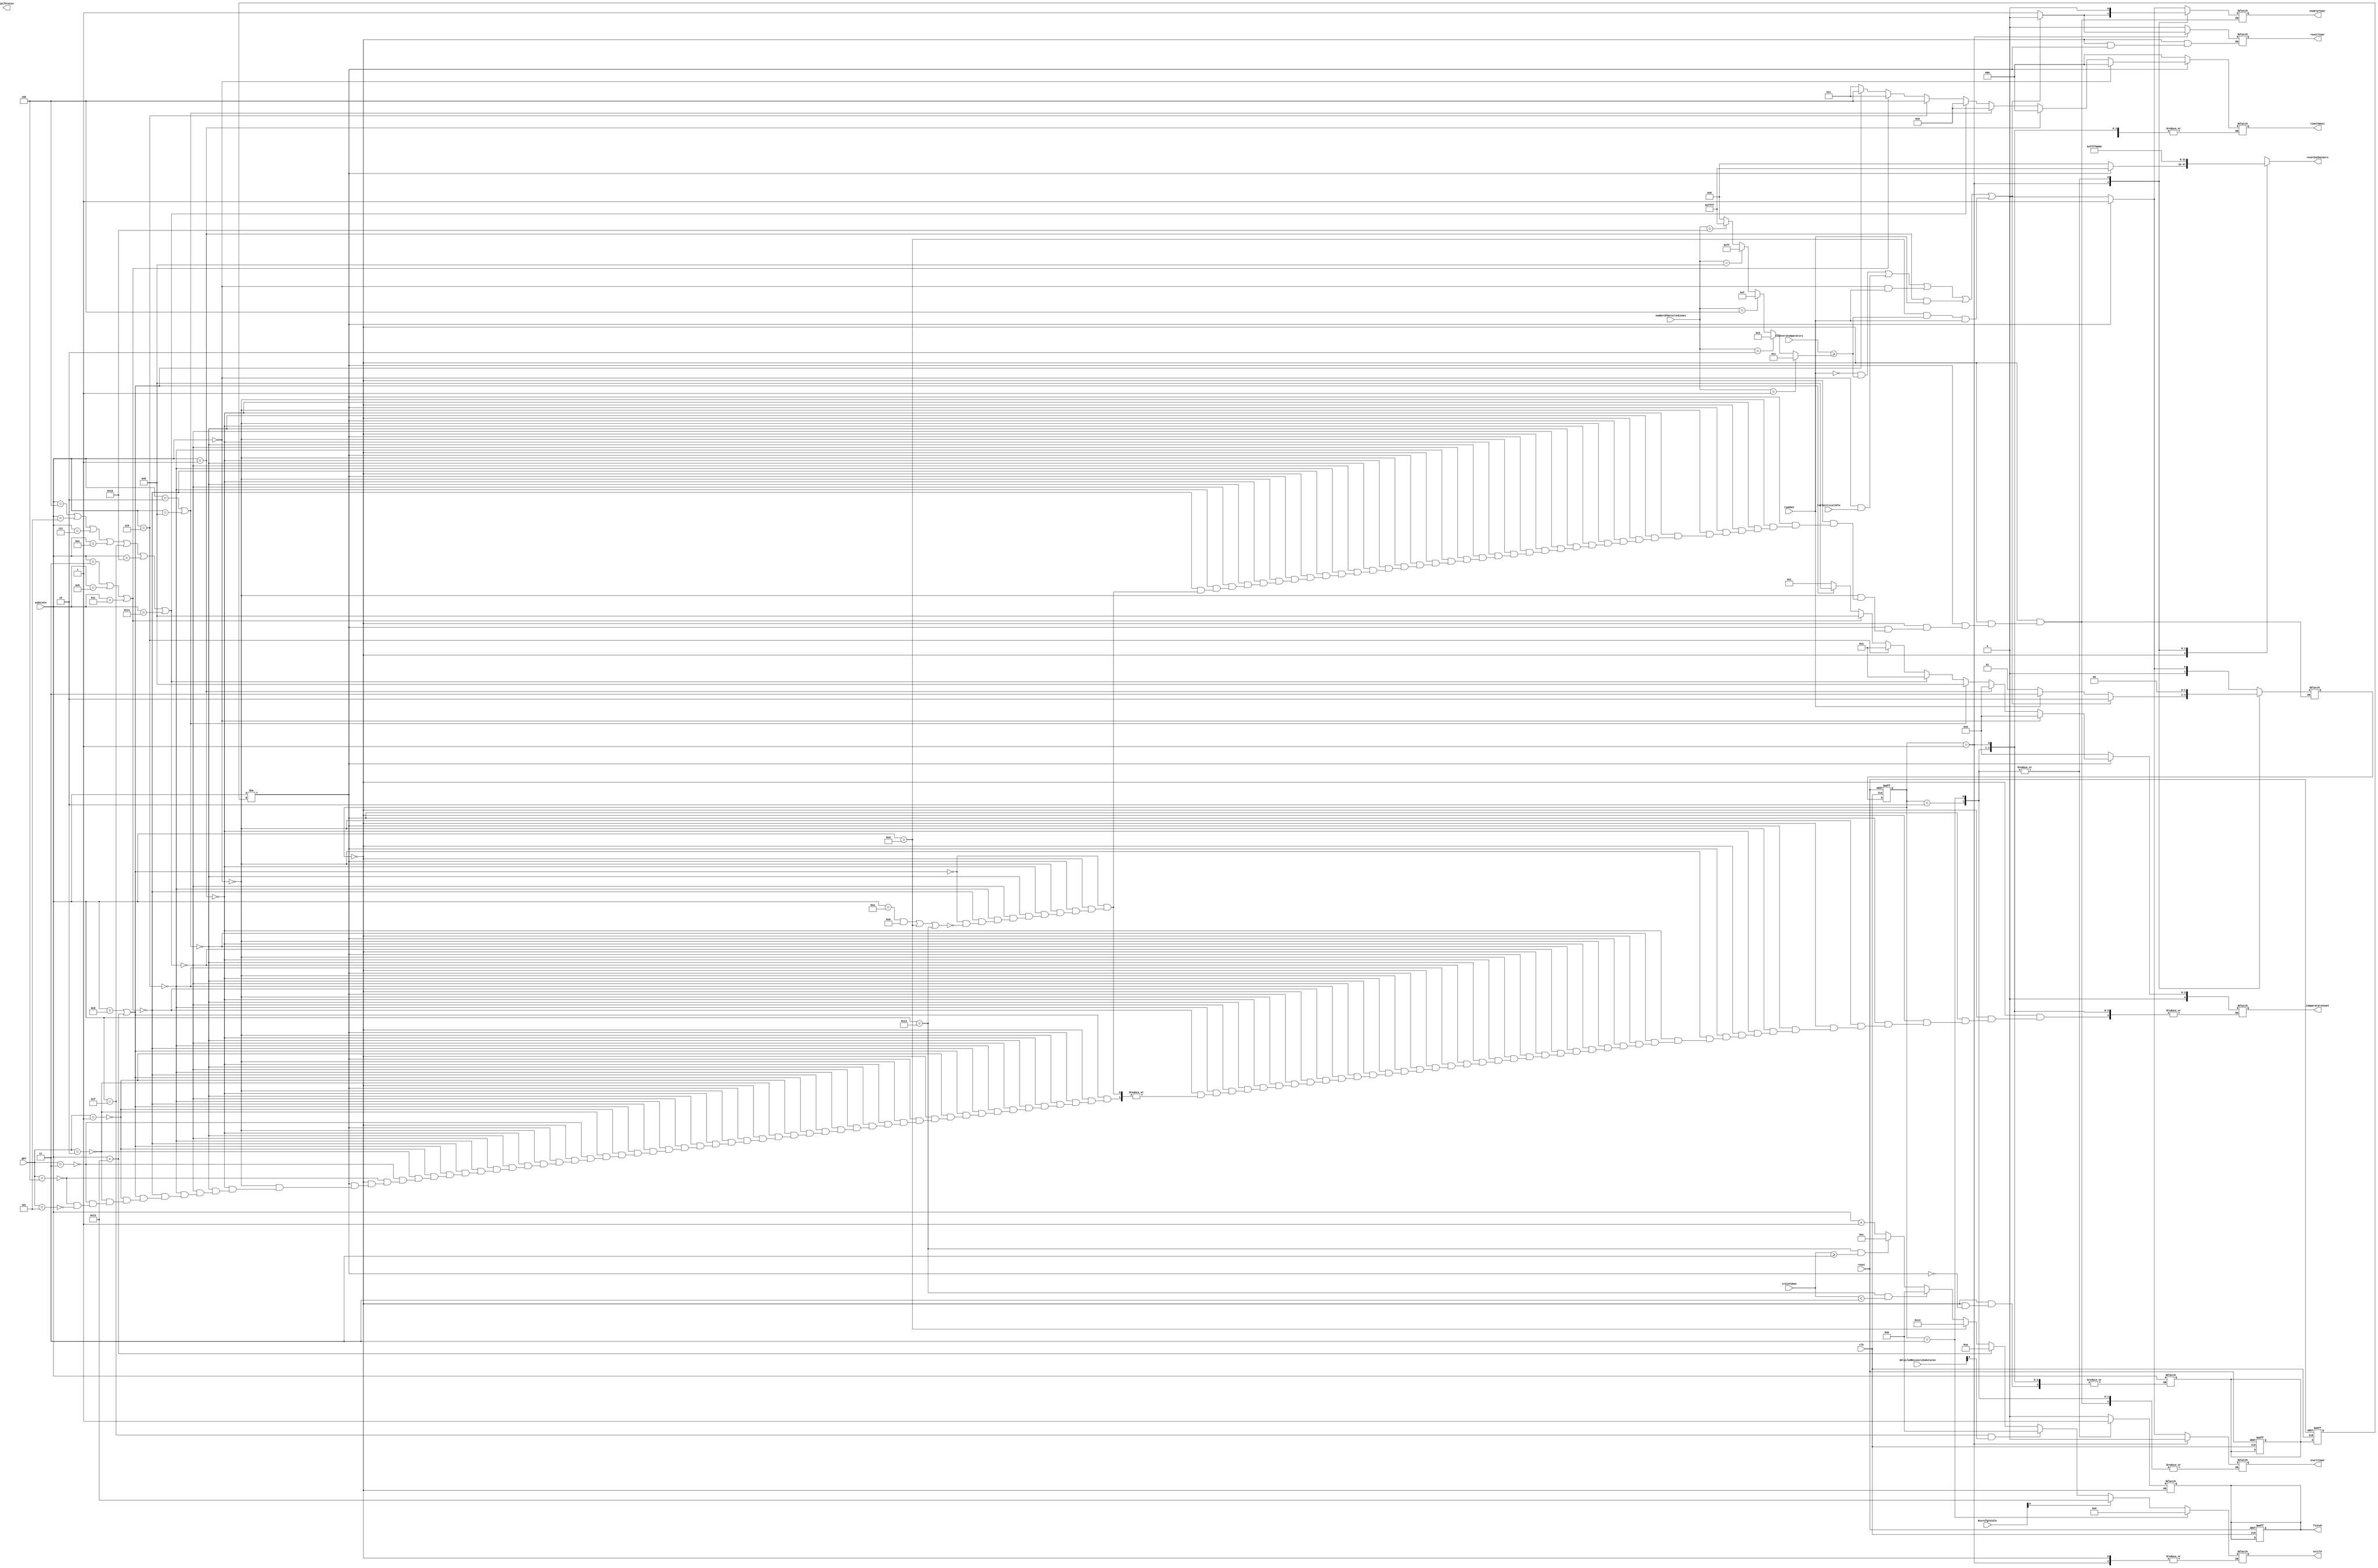
module  masterRxLTSSM #(parameter MAXLANES = 16 , DEVICETYPE = 0,
    parameter GEN1_PIPEWIDTH = 8, parameter GEN2_PIPEWIDTH = 8, parameter GEN3_PIPEWIDTH = 8,
    parameter GEN4_PIPEWIDTH = 8,parameter GEN5_PIPEWIDTH = 8)
 (
    input clk,
    input [4:0]numberOfDetectedLanes,
    input [4:0]substate,
    input [15:0]countersComparators,
    input rxElectricalIdle,
    input timeOut,
    input reset,
    input [15:0]RcvrCfgToidle,
    input [2:0] trainToGen,
    input [15:0]detailedRecoverySubstates,
    input [2:0] gen,
    output reg finish,
    output reg [4:0]exitTo,
    output reg [15:0]resetOsCheckers,
    output [3:0]lpifStatus,
    output reg [2:0]timeToWait,
    output reg enableTimer,
    output reg startTimer,
    output reg resetTimer,
    output reg[4:0]comparatorsCount);
    
    reg[4:0] lastState,lastState_next;
    reg[1:0] currentState,nextState;
    reg[15:0]comparatorsCondition;


//timer parameters
parameter t0ms = 3'd0,t12ms= 3'd1,t24ms = 3'd2,t48ms = 3'd3,t2ms = 3'd4,t8ms = 3'd5,t1ms=3'd6;
//input substates from main ltssm
    localparam [4:0]
	    detectQuiet =  5'd0,
        detectActive = 5'd1,
        pollingActive= 5'd2,
        pollingConfiguration= 5'd3,
        configurationLinkWidthStart = 5'd4,
        configurationLinkWidthAccept = 5'd5,
        configurationLanenumWait = 5'd6,
        configurationLanenumAccept = 5'd7,
        configurationComplete = 5'd8,
        configurationIdle = 5'd9,
        L0 = 5'd10,
        recoveryRcvrLock = 5'd11,
        recoveryRcvrCfg = 5'd12,
        recoverySpeed = 5'd13,
        phase0 = 5'd14,
        phase1 = 5'd15,
        phase2 = 5'd16,
        phase3 =5'd17,
        recoveryIdle = 5'd18,
        recoverySpeedeieos = 5'd19,
        recoverywait = 5'd20;

    

//local states
    localparam [1:0]
    start = 2'b00,
    counting = 2'b01,
    success = 2'b10,
    failed = 2'b11;

    //CURRENT STATE FF
    always @(posedge clk or negedge reset)
    begin
        if(!reset)
        begin
            currentState <= start;
	        finish <= 1'b0;
		    lastState<=4'hF;
            lastState_next<=4'hF;
		    //forcedetectflag<=1'b0;
        end
        else
        begin
            currentState <= nextState;
            lastState<=lastState_next;
        end    
    end

    always @(*)
    begin
        case(currentState)
        start:
        begin
    
          if(substate != lastState) //ensure that this is a new request
            begin
            lastState_next = substate;
            resetOsCheckers = {16{1'b1}};
            if(substate == detectQuiet)
            begin
                comparatorsCount = 5'd0;
                timeToWait = t0ms;
                nextState = counting;
                startTimer = 1'b1;
                enableTimer = 1'b1;
		 
            end
            else if(substate == detectActive)
            begin
                comparatorsCount = 5'd0;
                timeToWait = t0ms; 
                nextState = counting;
                startTimer = 1'b1;
                enableTimer = 1'b1;
		
            end
            else if(substate==pollingActive||substate==configurationComplete)
            begin
                comparatorsCount = 5'd8;
                timeToWait = t24ms;
                nextState = counting;
                startTimer = 1'b1;
                enableTimer = 1'b1;
		
            end
            else if (substate==configurationLinkWidthStart||substate==configurationLinkWidthAccept||
                    substate==configurationLanenumAccept||substate==phase0||substate==phase1||substate==phase2||substate==phase3)
            begin
                comparatorsCount = 5'd2;
                timeToWait = t24ms;
                nextState = counting;
                startTimer = 1'b1;
                enableTimer = 1'b1;
		                
            end
            else if (substate==configurationLanenumWait)
            begin
                comparatorsCount=5'd2;
                timeToWait = t2ms;
                nextState = counting;
                startTimer = 1'b1;
                enableTimer = 1'b1;
		
            end
            else if (substate==pollingConfiguration||substate==recoveryRcvrLock||substate==recoveryRcvrCfg)
            begin
                comparatorsCount=5'd8;
                timeToWait = t48ms;
                nextState = counting;
                startTimer = 1'b1;
                enableTimer = 1'b1;
		
            end
 	    else if (substate==configurationIdle || substate==recoveryIdle)
            begin
                if(gen == 3'd1)     comparatorsCount = 64/GEN1_PIPEWIDTH;
                else if(gen == 3'd2)comparatorsCount = 64/GEN2_PIPEWIDTH;
                else if(gen == 3'd3)comparatorsCount = 64/GEN3_PIPEWIDTH;
                else if(gen == 3'd4)comparatorsCount = 64/GEN4_PIPEWIDTH;
                else if(gen == 3'd5)comparatorsCount = 64/GEN5_PIPEWIDTH;
                timeToWait = t2ms;
                nextState = counting;
                startTimer = 1'b1;
                enableTimer = 1'b1;
		
            end

        else if ((substate == L0 && DEVICETYPE) || substate==recoverySpeed || substate==recoverySpeedeieos) 
            begin
                comparatorsCount=5'd1;
                timeToWait = t48ms;
                nextState = counting;
                startTimer = 1'b1;
                enableTimer = 1'b1;
			end
		
       end
        
       else 
        begin
            comparatorsCount=5'd0;
            timeToWait = t0ms;
            enableTimer = 1'b0;
            startTimer = 1'b0;
            resetTimer = 1'b0;
            resetOsCheckers = 16'b0;
            nextState = start;
        end

    end
        
    counting:
    begin
        enableTimer = 1'b1;
        resetTimer  = 1'b1;
        resetOsCheckers = {16{1'b1}};
        startTimer = 1'b0;
	    finish = 1'b0;
        if((!timeOut && countersComparators >= comparatorsCondition) || (substate == detectQuiet && rxElectricalIdle) || (substate == detectQuiet && timeOut)|| (substate == detectActive && timeOut)
        ||(substate==recoverySpeed && countersComparators >= comparatorsCondition && timeOut))
        begin
            enableTimer = 1'b0;
            resetTimer  = 1'b0;
            startTimer = 1'b0;
            nextState = success;
           
        end
        else if(timeOut)
            begin
            nextState = failed;
            end	
        else nextState = counting;
    end
    success:
    begin
        if(RcvrCfgToidle[0])exitTo = recoveryIdle;
        else if(substate == phase1 && detailedRecoverySubstates[0])exitTo = recoveryRcvrLock;
        else if(substate == recoveryIdle)exitTo = L0;
        else if(substate==recoverySpeed)exitTo = recoverywait;
        else if(substate==recoverySpeedeieos && trainToGen<3'd3)exitTo=recoveryRcvrLock;
        else if(substate==recoverySpeedeieos && trainToGen>=3'd3)exitTo=phase0;
        else exitTo = substate+1'b1;
        resetOsCheckers = 16'b0;
        enableTimer = 1'b0;
        resetTimer = 1'b0;
        finish = 1'b1;
        nextState = start;
    end
    failed:
    begin
        //lastState_next = substate;
        resetOsCheckers = 16'b0;
        enableTimer = 1'b0;
        resetTimer = 1'b0;
        finish = 1'b1;
        exitTo = detectQuiet;
        nextState = start;
    end
    default:
    begin
        nextState = start;
        enableTimer = 1'b0;
        resetTimer = 1'b0;
        resetOsCheckers = 16'b0;
    end
    


    endcase
    end
    


always@(*)
begin
    if(numberOfDetectedLanes==5'd1)       comparatorsCondition = 16'd1;
    else if(numberOfDetectedLanes == 5'd2)comparatorsCondition = {{14{1'b0}},{2{1'b1}}};
    else if(numberOfDetectedLanes == 5'd4)comparatorsCondition = {{12{1'b0}},{4{1'b1}}};
    else if(numberOfDetectedLanes == 5'd8)comparatorsCondition = {{8{1'b0}},{8{1'b1}}};
    else if(numberOfDetectedLanes == 5'd16)comparatorsCondition= {16{1'b1}};
    else comparatorsCondition = 16'd0;
end

endmodule